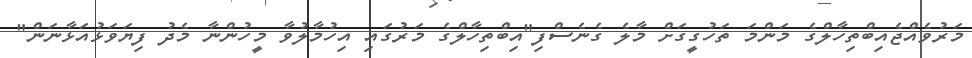
މަރުވެއްޖެއިބްތިހާލްގެ މަންމަ ތަހުގީގަށް މާލެ ގެނެސްފި"އިބްތިހާލްގެ މަރުގައި އިހުމާލުވާ މީހުންނާ މެދު ފިޔަވަޅުއަޅާނަން"